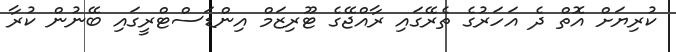
ކުރިޔަށް އޮތް ދެ އަހަރުގެ ތެރޭގައި ރާއްޖޭގެ ޓޫރިޒަމް އިންޑަސްޓްރީގައި ބޭނުން ކުރާ